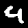
Label: 4